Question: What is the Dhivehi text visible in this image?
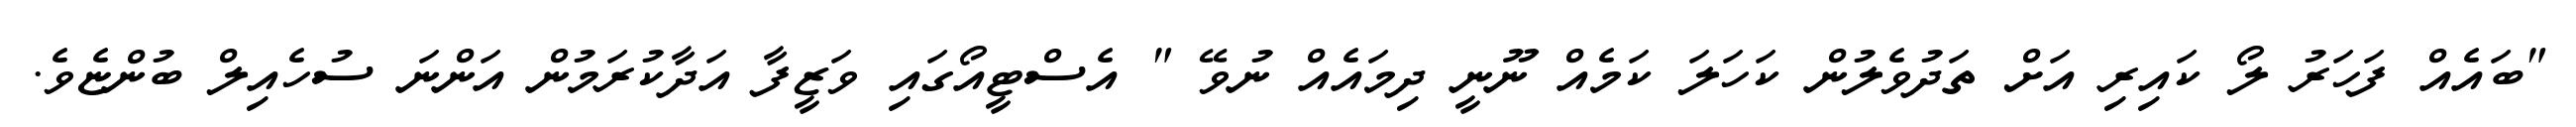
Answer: "ބައެއް ފަހަރު ލޯ ކައިރި އަށް ތަދުވެލުން ކަހަލަ ކަމެއް ނޫނީ ދިމައެއް ނުވޭ " އެސްޓީއޯގައި ވަޒީފާ އަދާކުރަމުން އަންނަ ސުހެއިލް ބުންޏެވެ.